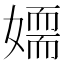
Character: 𡢉